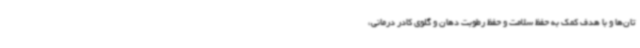
تان‌ها و با هدف کمک به حفظ سلامت و حفظ رطوبت دهان و گلوی کادر درمانی،